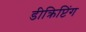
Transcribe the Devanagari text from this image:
डीक्रिप्टिंग